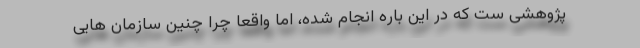
پژوهشی ست که در این باره انجام شده، اما واقعا چرا چنین سازمان هایی